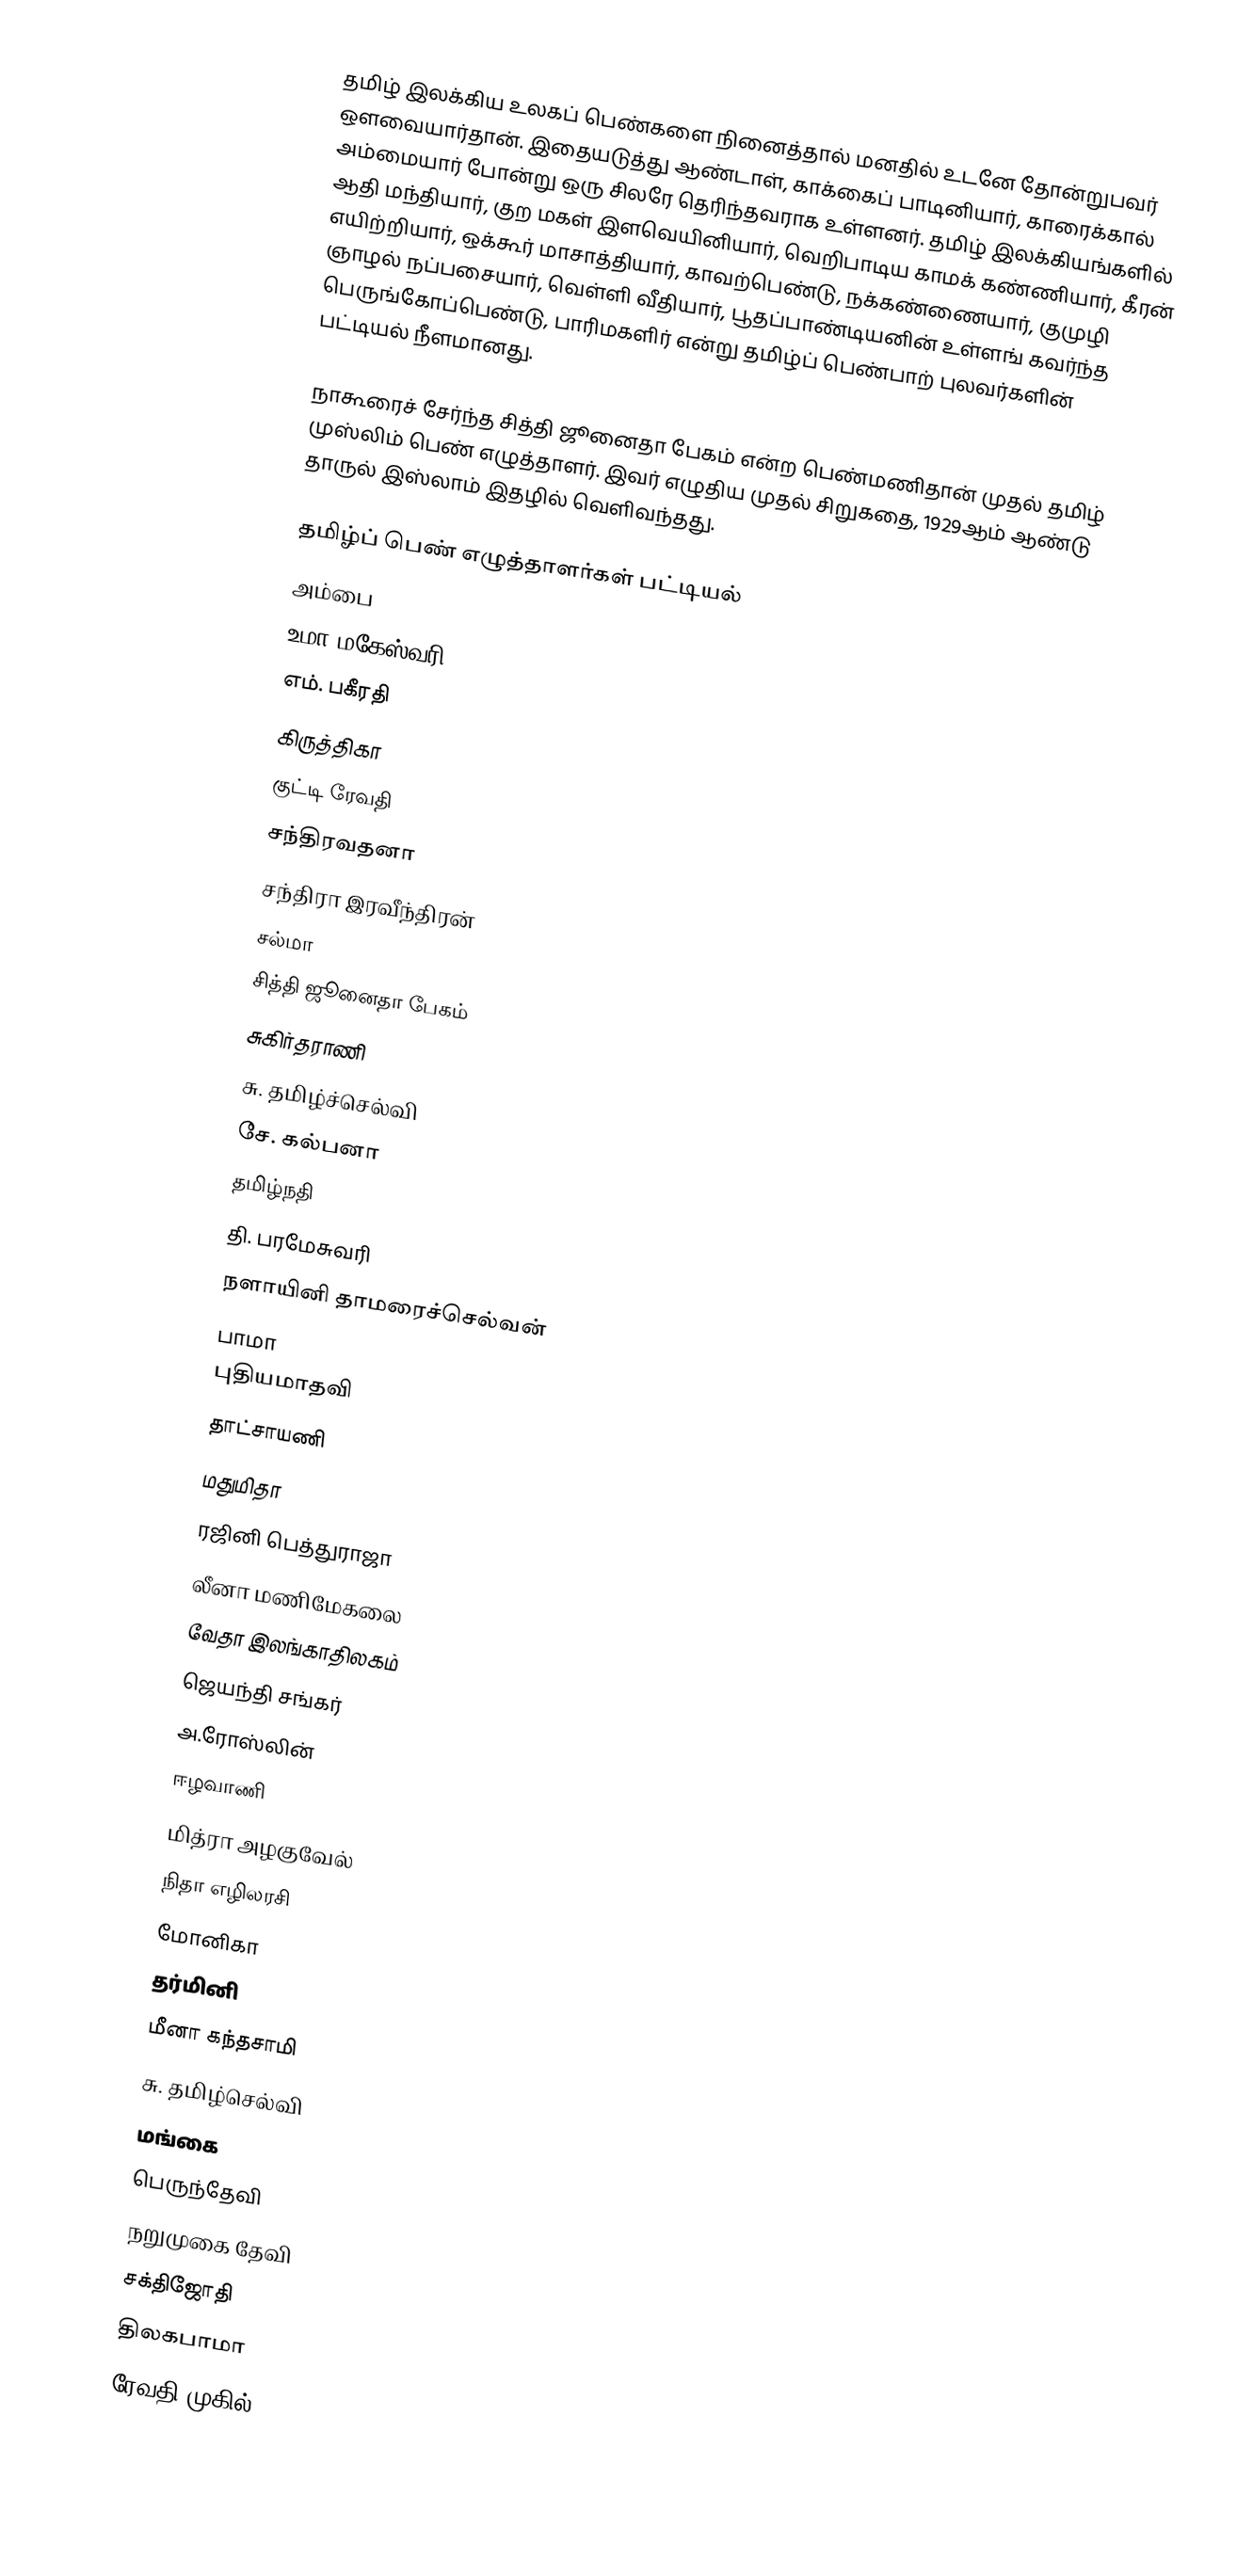
தமிழ் இலக்கிய உலகப் பெண்களை நினைத்தால் மனதில் உடனே தோன்றுபவர் ஒளவையார்தான். இதையடுத்து ஆண்டாள், காக்கைப் பாடினியார், காரைக்கால் அம்மையார் போன்று ஒரு சிலரே தெரிந்தவராக உள்ளனர். தமிழ் இலக்கியங்களில் ஆதி மந்தியார், குற மகள் இளவெயினியார், வெறிபாடிய காமக் கண்ணியார், கீரன் எயிற்றியார், ஒக்கூர் மாசாத்தியார், காவற்பெண்டு, நக்கண்ணையார், குமுழி ஞாழல் நப்பசையார், வெள்ளி வீதியார், பூதப்பாண்டியனின் உள்ளங் கவர்ந்த பெருங்கோப்பெண்டு, பாரிமகளிர் என்று தமிழ்ப் பெண்பாற் புலவர்களின் பட்டியல் நீளமானது.

நாகூரைச் சேர்ந்த சித்தி ஜூனைதா பேகம் என்ற பெண்மணிதான் முதல் தமிழ் முஸ்லிம் பெண் எழுத்தாளர். இவர் எழுதிய முதல் சிறுகதை, 1929ஆம் ஆண்டு  தாருல் இஸ்லாம் இதழில் வெளிவந்தது.

தமிழ்ப் பெண் எழுத்தாளர்கள் பட்டியல்
 அம்பை
 உமா மகேஸ்வரி
 எம். பகீரதி
 கிருத்திகா
 குட்டி ரேவதி
 சந்திரவதனா
 சந்திரா இரவீந்திரன்
 சல்மா
 சித்தி ஜூனைதா பேகம்
 சுகிர்தராணி
 சு. தமிழ்ச்செல்வி
 சே. கல்பனா
 தமிழ்நதி
 தி. பரமேசுவரி
 நளாயினி தாமரைச்செல்வன்
 பாமா
 புதியமாதவி
 தாட்சாயணி
 மதுமிதா
 ரஜினி பெத்துராஜா
 லீனா மணிமேகலை
 வேதா இலங்காதிலகம்
 ஜெயந்தி சங்கர்
 அ.ரோஸ்லின்
 ஈழவாணி
 மித்ரா அழகுவேல்
 நிதா எழிலரசி
 மோனிகா
 தர்மினி
 மீனா கந்தசாமி
 சு. தமிழ்செல்வி
 மங்கை
 பெருந்தேவி
நறுமுகை தேவி
சக்திஜோதி
திலகபாமா
ரேவதி முகில்